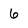
Character: 6